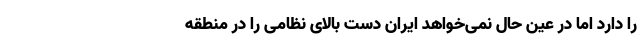
را دارد اما در عین حال نمی‌خواهد ایران دست بالای نظامی را در منطقه